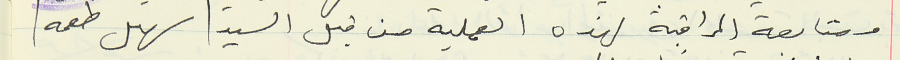
ومتابعة المراقبة لهذه العملية من قبل السيد سهيل طعمه